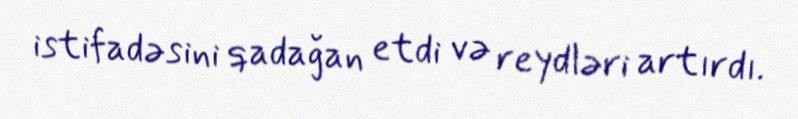
istifadəsini qadağan etdi və reydləri artırdı.